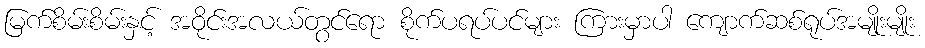
မြက်စိမ်းစိမ်းနှင့် အဝိုင်းအလယ်တွင်ရော စိုက်ပရပ်ပင်များ ကြားမှာပါ ကျောက်ဆစ်ရုပ်အမျိုးမျိုး